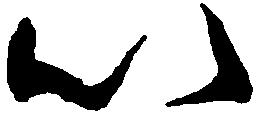
以